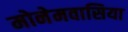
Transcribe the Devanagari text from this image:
मोनेमवासिया